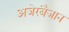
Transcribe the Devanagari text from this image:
अजेरबैजान